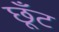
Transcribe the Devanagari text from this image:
छूँट